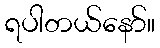
ရပါတယ်နော်။